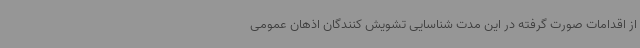
از اقدامات صورت گرفته در این مدت شناسایی تشویش کنندگان اذهان عمومی